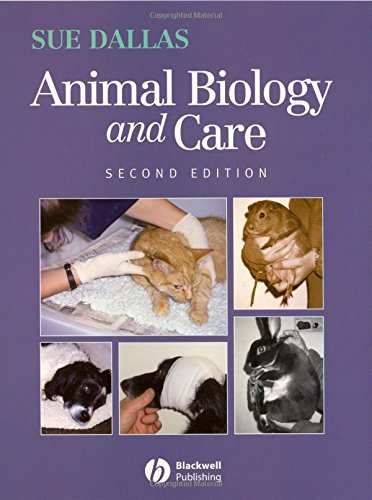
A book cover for Animal Biology and Care; Sue Dallas; Medical Books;